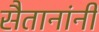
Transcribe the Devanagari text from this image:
सैतानांनी